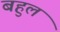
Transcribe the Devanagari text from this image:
बहुलं